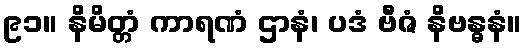
၉၁။ နိမိတ္တံ ကာရဏံ ဌာနံ၊ ပဒံ ဗီဇံ နိဗန္ဓနံ။